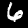
Label: 6